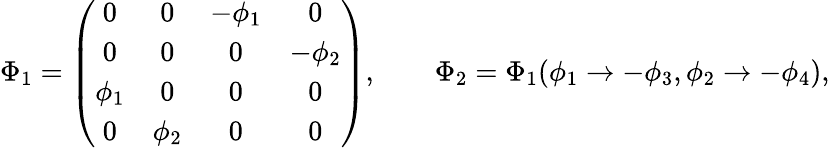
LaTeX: \Phi_{1}=\left(\begin{array}{cccc}{{0}}&{{0}}&{{-\phi_{1}}}&{{0}}\\ {{0}}&{{0}}&{{0}}&{{-\phi_{2}}}\\ {{\phi_{1}}}&{{0}}&{{0}}&{{0}}\\ {{0}}&{{\phi_{2}}}&{{0}}&{{0}}\end{array}\right),\qquad\Phi_{2}=\Phi_{1}(\phi_{1}\to-\phi_{3},\phi_{2}\to-\phi_{4}),